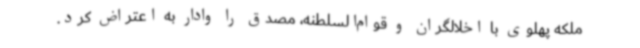
ملکه پهلوی با اخلالگران و قوام‌السلطنه، مصدق را وادار به اعتراض کرد.